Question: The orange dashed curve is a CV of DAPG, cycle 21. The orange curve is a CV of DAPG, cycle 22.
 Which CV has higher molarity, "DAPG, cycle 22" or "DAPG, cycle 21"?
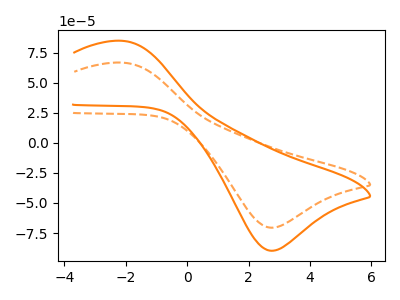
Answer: <think>The orange dashed curve "DAPG, cycle 21" has an anodic peak at (-2.05V, 66.65uA) and a cathodic peak at (2.80V, -70.50uA). The orange curve "DAPG, cycle 22" has an anodic peak at (-2.05V, 84.75uA) and a cathodic peak at (2.80V, -89.65uA).
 All the peaks in "DAPG, cycle 22" have a peak in "DAPG, cycle 21" at the same potential. Every peak in "DAPG, cycle 22" is higher than every peak in "DAPG, cycle 21".</think>
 <answer>"DAPG, cycle 22" has more signal than "DAPG, cycle 21" and so likely has a higher concentration.</answer>
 <eval>more_concentration</eval>